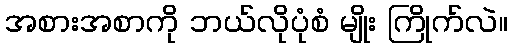
အစားအစာကို ဘယ်လိုပုံစံ မျိုး ကြိုက်လဲ။